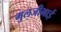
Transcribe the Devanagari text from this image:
मुलजीभाई